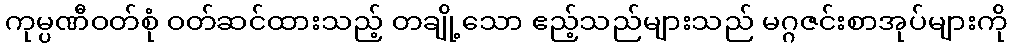
ကုမ္ပဏီဝတ်စုံ ဝတ်ဆင်ထားသည့် တချို့သော ဧည့်သည်များသည် မဂ္ဂဇင်းစာအုပ်များကို